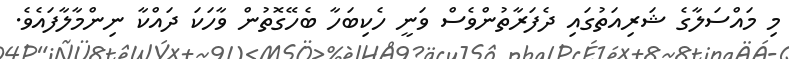
މި މައްސަލާގެ ޝަރިއަތުގައި ދެފަރާތުންވެސް ވަނީ ހެކިބަހާ ބެހޭގޮތުން ވާހަކަ ދައްކާ ނިންމާލާފައެވެ.